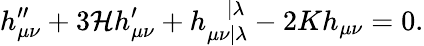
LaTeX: h_{\mu\nu}^{\prime\prime}+3\mathcal{H}h_{\mu\nu}^{\prime}+h_{\mu\nu|\lambda}^{\mathrm{~}\mathrm{~}\mathrm{~}\mathrm{~}|\lambda}-2Kh_{\mu\nu}=0.